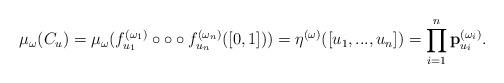
LaTeX: \begin{align*} \mu_\omega (C_u) = \mu_\omega ( f^{ (\omega_1)} _{u_1} \circ \circ \circ f^{ (\omega_n)} _{u_n} ([0,1]) ) = \eta^{(\omega)} ([u_1,...,u_n]) = \prod_{i=1} ^n \mathbf{p}^{(\omega_i)} _{u_i}.\end{align*}